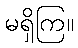
မရှိကြ။